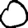
Digit: 0